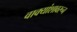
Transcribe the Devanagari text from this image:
वाक्यांशावरून